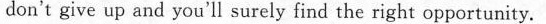
don't give up and you'll surely find the right opportunity.